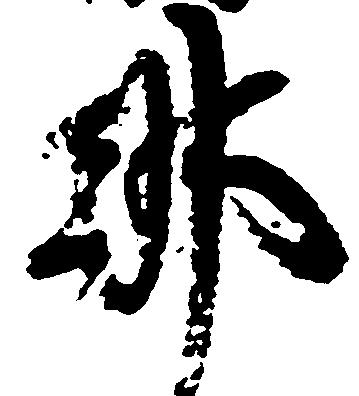
那